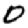
Digit: 0